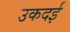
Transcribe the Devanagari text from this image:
उकदई